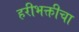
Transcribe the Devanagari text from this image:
हरीभक्तीचा